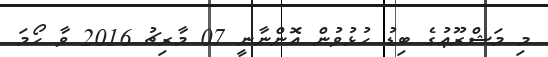
މި މަޝްރޫޢުގެ ބިޑު ހުޅުވުން އޮންނާނީ 07 މާރިޗު 2016 ވާ ހޯމަ